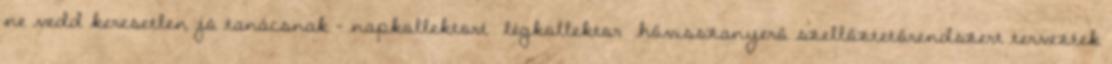
ne vedd keresetlen jó tanácsnak - napkollektort légkollektor hővisszanyerő szellőztetőrendszert terveztek